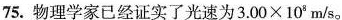
75. 物理学家已经证实了光速为$$3 . 0 0 \times 1 0 ^ { 8 } m / s$$。